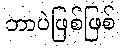
ဘာပဲဖြစ်ဖြစ်